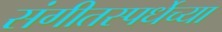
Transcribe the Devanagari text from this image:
संगीतस्पर्धेच्या